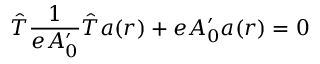
\hat { T } \frac { 1 } { e A _ { 0 } ^ { \prime } } \hat { T } a ( r ) + e A _ { 0 } ^ { \prime } a ( r ) = 0